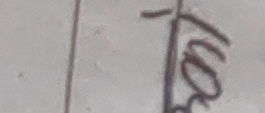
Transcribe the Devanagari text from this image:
टो